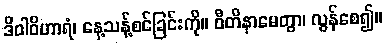
ဒိဝါဝိဟာရံ၊ နေ့သန့်စင်ခြင်းကို။ ဝီတိနာမေတွာ၊ လွန်စေ၍။